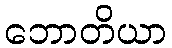
ဘောတိယာ